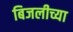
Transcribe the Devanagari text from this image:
बिजलीच्या